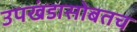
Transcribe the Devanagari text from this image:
उपखंडासोबतच